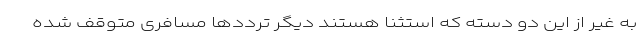
به غیر از این دو دسته که استثنا هستند دیگر ترددها مسافری متوقف شده